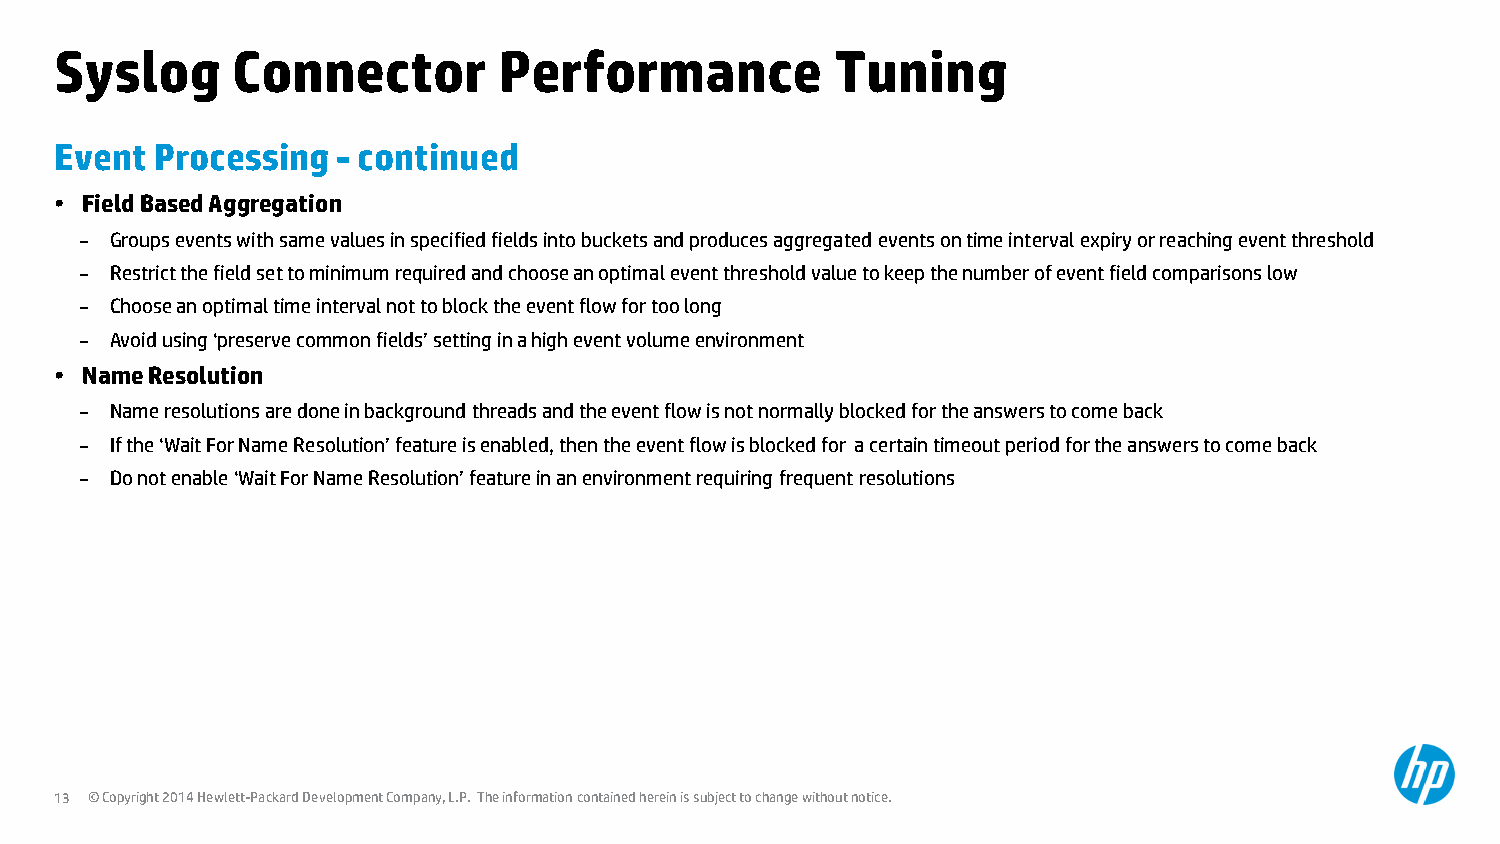
Syslog     Connector         Performance           Tuning
 Event Processing  - continued
 • Field Based Aggregation
 – Groups events with same values in specified fields into buckets and produces aggregated events on time interval expiry or reaching event threshold
 – Restrict the field set to minimum required and choose an optimal event threshold value to keep the number of event field comparisons low
 – Choose an optimal time interval not to block the event flow for too long
 – Avoid using ‘preserve common fields’ setting in a high event volume environment
 • Name Resolution
 – Name resolutions are done in background threads and the event flow is not normally blocked for the answers to come back
 – If the ‘Wait For Name Resolution’ feature is enabled, then the event flow is blocked for a certain timeout period for the answers to come back
 – Do not enable ‘Wait For Name Resolution’ feature in an environment requiring frequent resolutions
 13 © Copyright 2014 Hewlett-Packard Development Company, L.P. The information contained herein is subject to change without notice.